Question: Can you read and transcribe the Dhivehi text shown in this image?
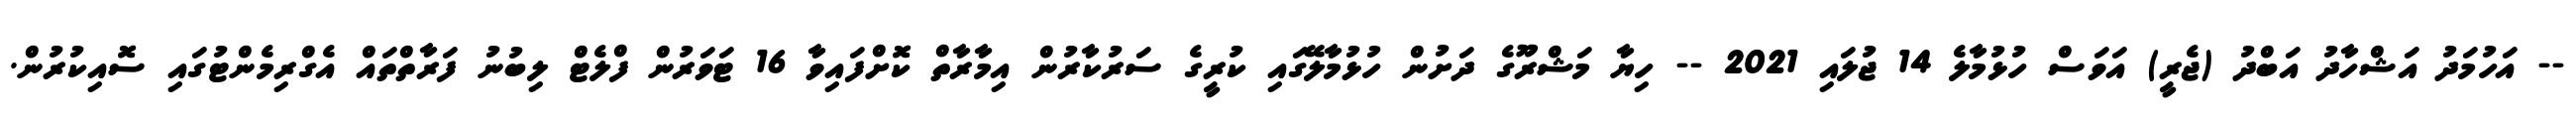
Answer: -- އަހުމަދު އަޝްހާދު އަބްދު (ޖެރީ) އަވަސް ހުޅުމާލެ 14 ޖުލައި 2021 -- ހިޔާ މަޝްރޫގެ ދަށުން ހުޅުމާލޭގައި ކުރީގެ ސަރުކާރުން އިމާރާތް ކޮށްފައިވާ 16 ޓަވަރުން ފްލެޓް ލިބުނު ފަރާތްތައް އެގްރިމެންޓުގައި ސޮއިކުރުން.